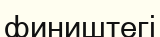
фиништегі